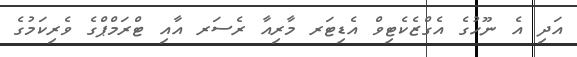
އަދި އެ ނޫހުގެ އެގްޒެކެޓިވް އެޑިޓަރ މާރިއާ ރެސަރ އާއި ޓްރަމްޕްގެ ވެރިކަމުގެ